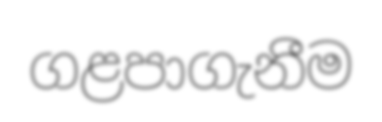
ගළපාගැනීම